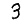
Digit: 3